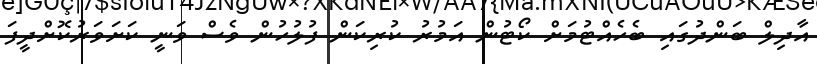
އާދިލް ބަންދުގައި ބެހެއްޓުމަށް ކޯޓުން އަމުރު ކުރިކަން ފުލުހުން ވެސް ވަނީ ކަށަވަރުކޮށްދީފަ